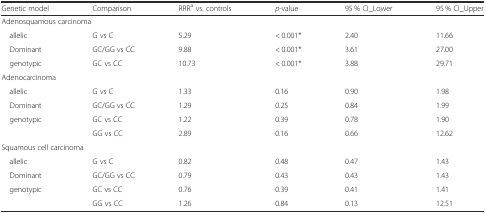
| Genetic model | Comparison | RRRa vs. controls | p-value | 95 % CI_Lower | 95 % CI_Upper |
 | --- | --- | --- | --- | --- | --- |
 | <COLSPAN=2> Adenosquamous carcinoma |  |  |  |  |
 | allelic | G vs C | 5.29 | < 0.001* | 2.40 | 11.66 |
 | Dominant | GC/GG vs CC | 9.88 | < 0.001* | 3.61 | 27.00 |
 | genotypic | GC vs CC | 10.73 | < 0.001* | 3.88 | 29.71 |
 | <COLSPAN=2> Adenocarcinoma |  |  |  |  |
 | allelic | G vs C | 1.33 | 0.16 | 0.90 | 1.98 |
 | Dominant | GC/GG vs CC | 1.29 | 0.25 | 0.84 | 1.99 |
 | genotypic | GC vs CC | 1.22 | 0.39 | 0.78 | 1.90 |
 |  | GG vs CC | 2.89 | 0.16 | 0.66 | 12.62 |
 | <COLSPAN=2> Squamous cell carcinoma |  |  |  |  |
 | allelic | G vs C | 0.82 | 0.48 | 0.47 | 1.43 |
 | Dominant | GC/GG vs CC | 0.79 | 0.43 | 0.43 | 1.43 |
 | genotypic | GC vs CC | 0.76 | 0.39 | 0.41 | 1.41 |
 |  | GG vs CC | 1.26 | 0.84 | 0.13 | 12.51 |